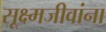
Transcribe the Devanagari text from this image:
सूक्ष्मजीवांना